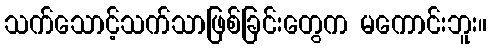
သက်သောင့်သက်သာဖြစ်ခြင်းတွေက မကောင်းဘူး။